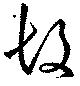
故